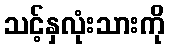
သင့်နှလုံးသားကို